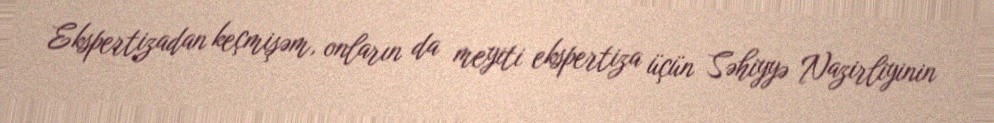
Ekspertizadan keçmişəm, onların da meyiti ekspertiza üçün Səhiyyə Nazirliyinin